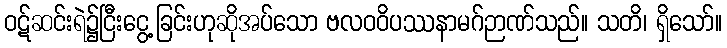
ဝဋ်ဆင်းရဲ၌ငြီးငွေ့ခြင်းဟုဆိုအပ်သော ဗလဝဝိပဿနာမဂ်ဉာဏ်သည်။ သတိ၊ ရှိသော်။